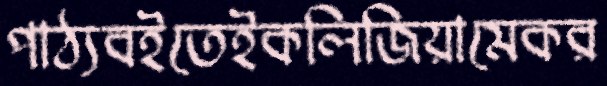
পাঠ্যবইতেইকলিজিয়ামেকর